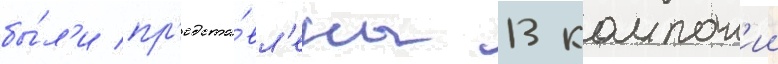
бы́л'и пр'едста́вл'ены 13 компан'ии